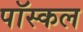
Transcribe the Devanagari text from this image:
पॉस्कल